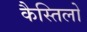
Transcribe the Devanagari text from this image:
कैस्तिलो